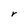
Character: r